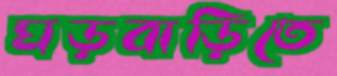
ঘড়বাড়িতে